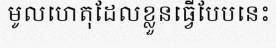
មូលហេតុដែលខ្លួនធ្វើបែបនេះ